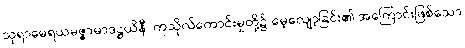
သုရာမေရယမဇ္ဇာမာဒဋ္ဌယိနီ၊ ကုသိုလ်ကောင်းမှုတို့၌ မေ့လျော့ခြင်း၏ အကြောင်းဖြစ်သော